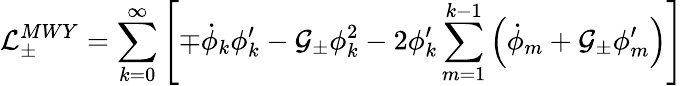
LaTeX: {\cal L}_{\pm}^{MWY}=\sum_{k=0}^{\infty}\left[\mp\dot{\phi}_{k}\phi_{k}^{\prime}-{\cal G_{\pm}}\phi_{k}^{2}-2\phi_{k}^{\prime}\sum_{m=1}^{k-1}\left(\dot{\phi}_{m}+{\cal G_{\pm}}\phi_{m}^{\prime}\right)\right]